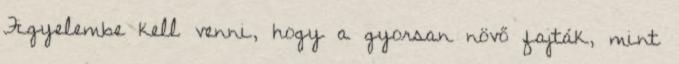
Figyelembe kell venni, hogy a gyorsan növő fajták, mint